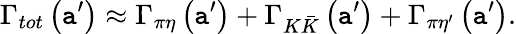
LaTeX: \Gamma_{tot}\left(\mathtt{a}^{\prime}\right)\approx\Gamma_{\pi\eta}\left(\mathtt{a}^{\prime}\right)+\Gamma_{K\bar{{K}}}\left(\mathtt{a}^{\prime}\right)+\Gamma_{\pi{\eta}^{\prime}}\left(\mathtt{a}^{\prime}\right).